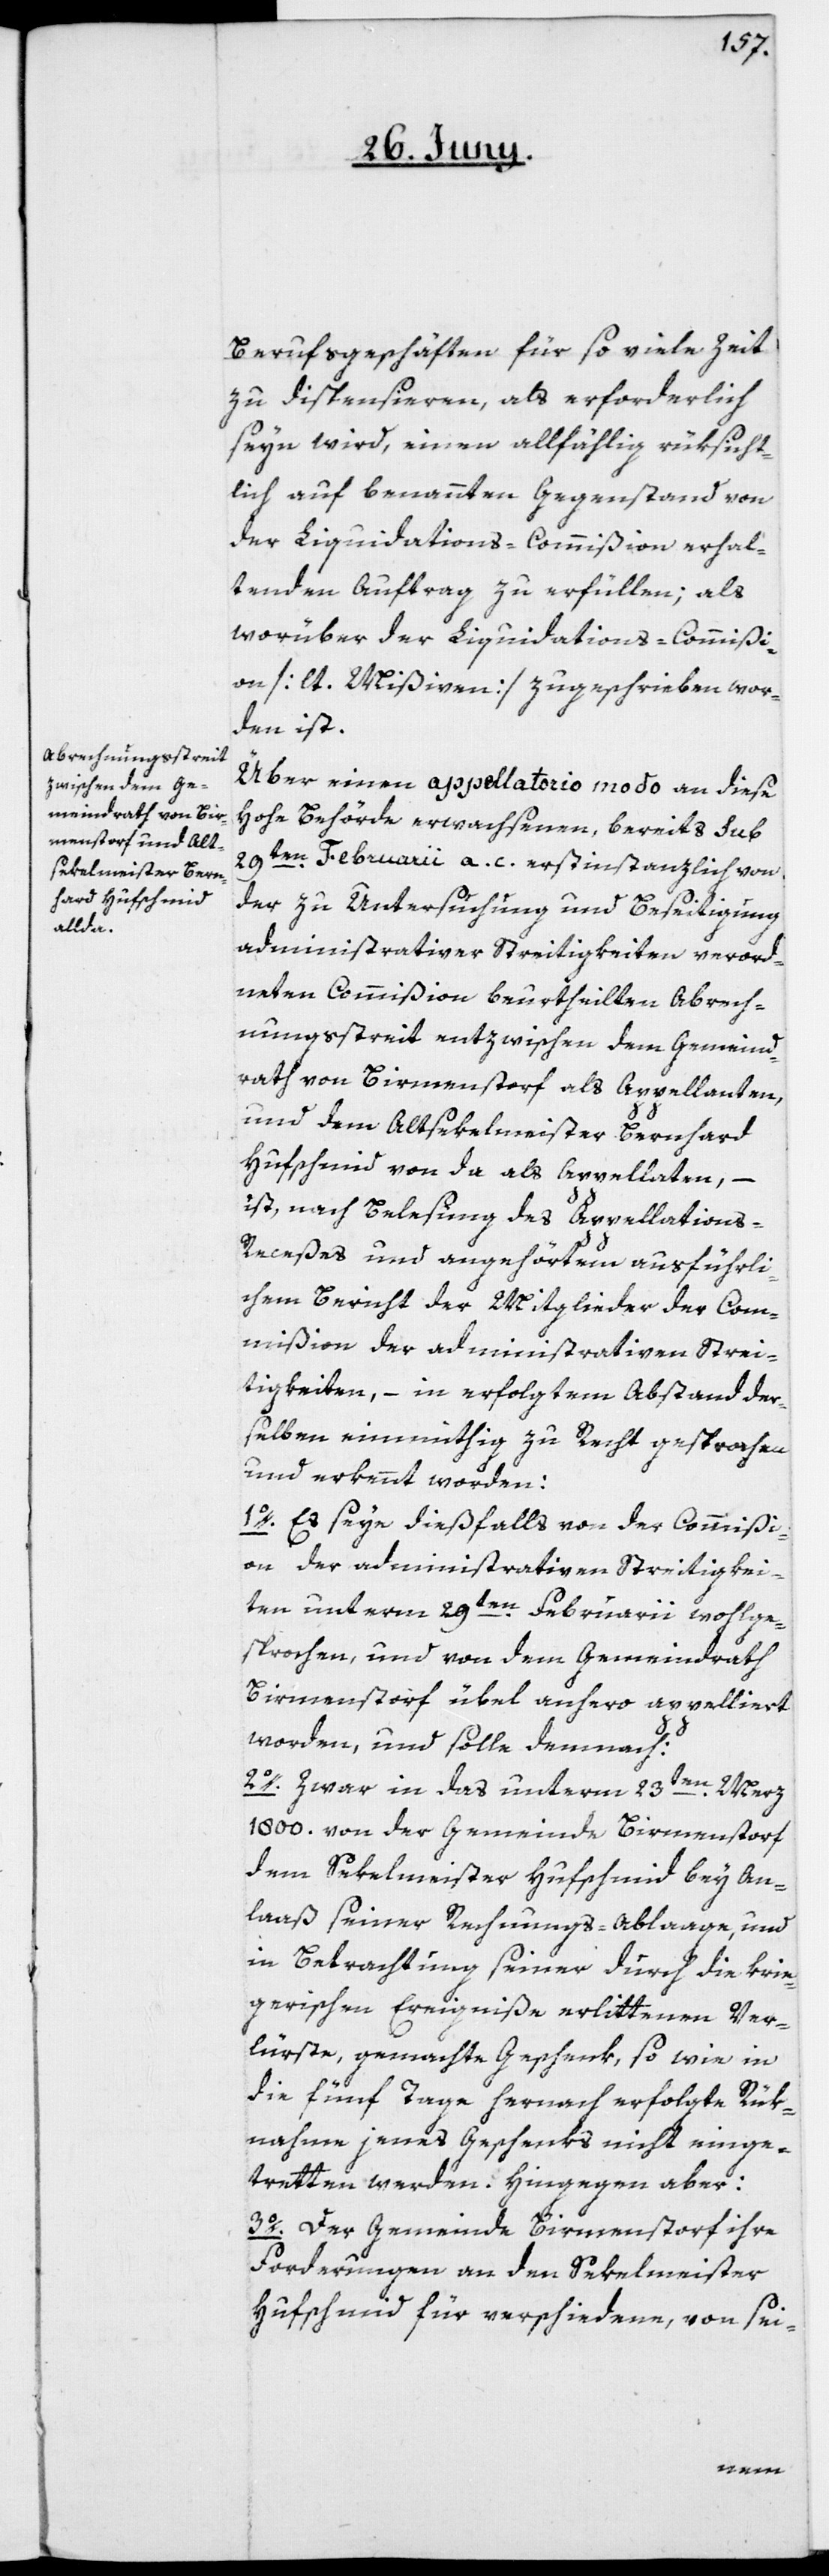
Berufsgeschäften für so viele Zeit
zu dispensieren, als erforderlich
seyn wird, einen allfählig rüksicht¬
lich auf benannten Gegenstand von
der Liquidations-Commißion erhal¬
tenden Auftrag zu erfüllen, als
worüber der Liquidations-Commißi¬
on [lt. Mißiven] zugeschrieben wor¬
den ist.
Über einen appellatorio modo an diese
hohe Behörde erwachsenen, bereits sub
29ten Februarii a. c. erstinstanzlich von
der zu Untersuchung und Beseitigung
administrativer Streitigkeiten verord¬
neten Commißion beurtheilten Abrech¬
nungsstreit entzwischen dem Gemeind¬
rath von Birmenstorf als Appellanten,
und dem Altsekelmeister Bernhard
Hufschmid von da als Appellaten,
–
ist nach Belesung des Appellations-R¬
eceßes und angehörten ausführli¬
chem Bericht der Mitglieder der Com¬
mißion der administrativen Strei¬
tigkeiten, – in erfolgtem Abstand der¬
selben einmüthig zu Recht gesprochen
und erkennt worden:
1o. Es seye dießfalls von der Commißi¬
on der administrativen Streitigkei¬
ten unterm 29ten Februarii wohlge¬
sprochen, und von dem Gemeindrath
Birmenstorf übel anhero appelliert
worden, und solle demnach:
2o. Zwar in das unterm 23ten Merz
1800. von der Gemeinde Birmenstorf
dem Sekelmeister Hufschmid bey An¬
laß seiner Rechnungs-Ablaage, und
in Betrachtung seiner durch die krie¬
gerischen Ereigniße erlittenen Ver¬
lüste, gemachte Geschenk, so wie in
die fünf Tage hernach erfolgte Rük¬
nahme jenes Geschenks nicht einge¬
tretten werden. Hingegen aber:
3o. Der Gemeinde Birmenstorf ihre
Forderungen an den Sekelmeister
Hufschmid für verschiedene, von sei-